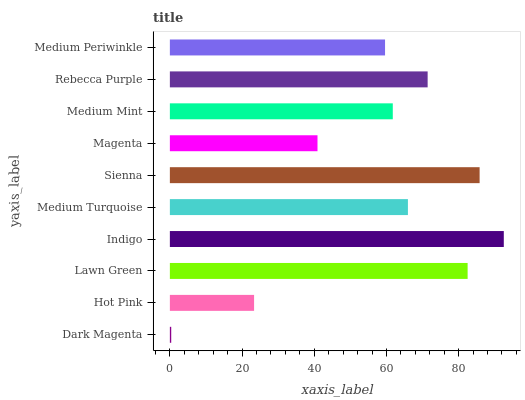
| yaxis_label | bars |
 | --- | --- |
 | Dark Magenta | 0.377 |
 | Hot Pink | 23.3 |
 | Lawn Green | 82.5 |
 | Indigo | 92.5 |
 | Medium Turquoise | 65.9 |
 | Sienna | 85.8 |
 | Magenta | 40.9 |
 | Medium Mint | 61.8 |
 | Rebecca Purple | 71.4 |
 | Medium Periwinkle | 59.6 |